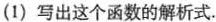
(1) 写出这个函数的解析式.